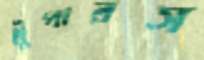
ট্রুপারস